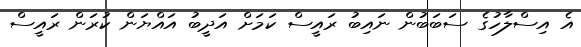
އެ އިސްލާހުގެ ސަބަބުން ނައިބު ރައީސް ކަމަށް އަދީބު އައްޔަން ކުރަން ރައީސް